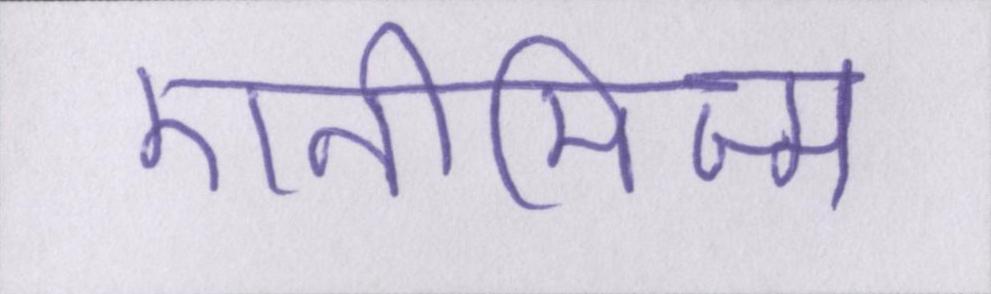
एनीमिज्म